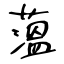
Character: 薀